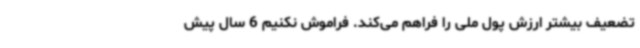
تضعیف بیشتر ارزش پول ملی را فراهم می‌کند. فراموش نکنیم 6 سال پیش